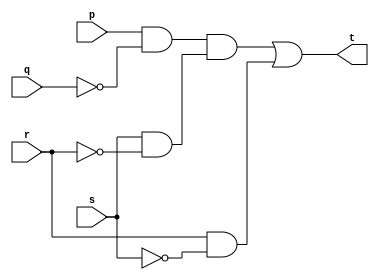
`timescale 1ns / 1ns
module source(t, p, q, r, s);

//t = pq'r's + rs' 
input wire p;
input wire q;
input wire r;
input wire s;

output wire t;

wire snot; 
wire qnot; 
wire rnot; 

wire randsnot; 
wire pandqnot; 
wire sandrnot; 
wire andall  ; 


not (snot, s);
not (qnot, q);
not (rnot, r);

and (randsnot,r, snot);            // rs'

and (pandqnot, p,            qnot); // pq'
and (sandrnot, s,            rnot); // sr'
and (andall, pandqnot, sandrnot); //pq'r's

or  (t, andall,   randsnot); //pq'r's + rs'

endmodule


/*
pqrs t
0000 0
0001 0
0010 1
0011 0
0100 0
0101 0
0110 1
0111 0
1000 0
1001 1
1010 1
1011 0
1100 0
1101 0
1110 1
1111 0

t = p'q'rs' + p'qrs' + pq'r's + pq'rs' + pqrs'
[t = p'q'rs' + p'qrs' + pq'r's + pq'rs' + pqrs' + pqrs']
t = p'q'rs' + p'qrs' + p'qrs' +  pq'r's + pq'rs' + pqrs'
[p'q'rs' + p'qrs' ==  p'rs' ]
t = p'rs' + p'qrs' +  pq'r's + pq'rs' + pqrs'
[p'qrs' + pqrs' ==  qrs' ] 
t = p'rs' +  pq'r's + pq'rs'+ qrs' + pqrs'
[pqrs' + pq'rs' == prs']
t = p'rs' +  pq'r's + qrs' + prs'
[p'rs' + prs' == rs'] 
t = pq'r's + qrs' +  1rs'
[rs' +  1rs' == rs'(1 + q) == rs']
t = pq'r's + rs' 
// bol sans



*/